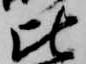
比